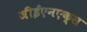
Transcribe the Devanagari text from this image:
जीईएनएक्स